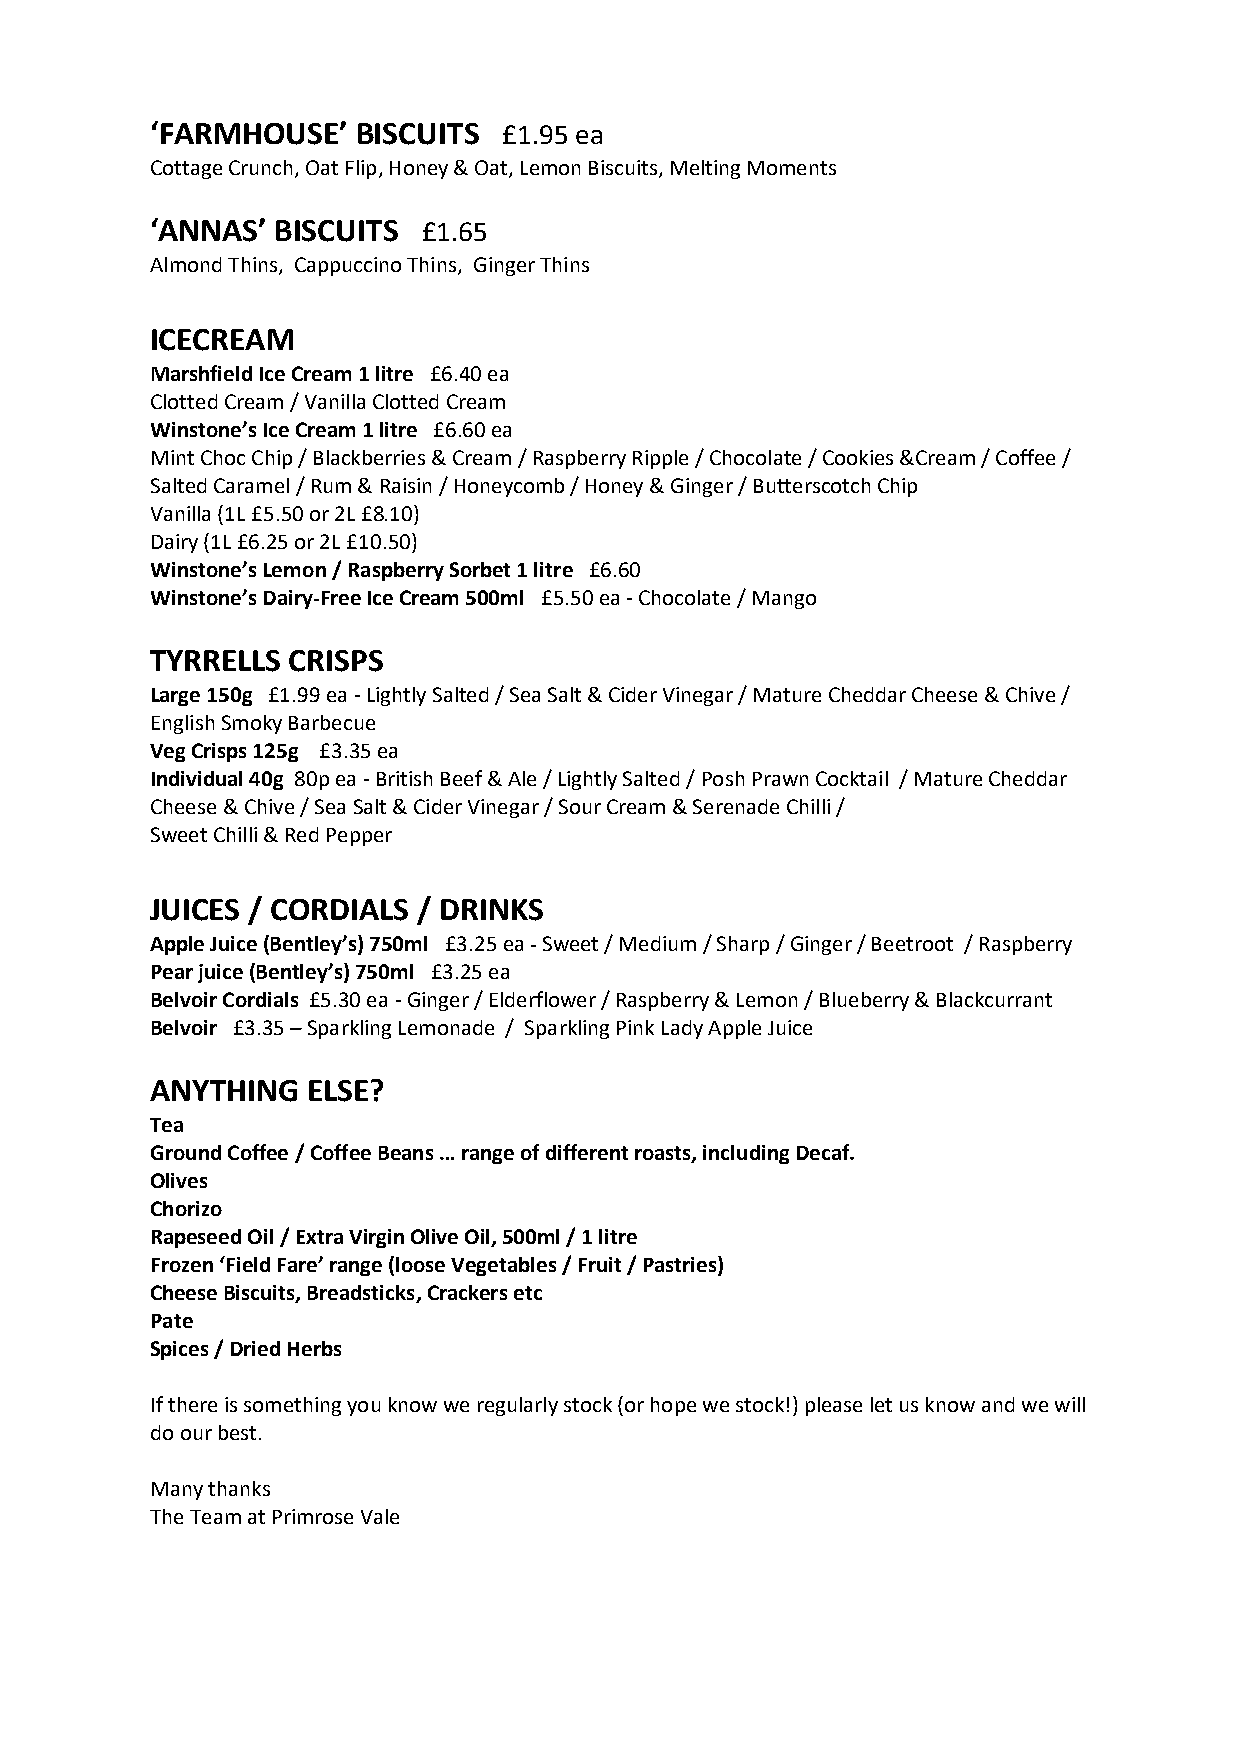
‘FARMHOUSE’   BISCUITS £1.95 ea
 Cottage Crunch, Oat Flip, Honey & Oat, Lemon Biscuits, Melting Moments
 ‘ANNAS’ BISCUITS  £1.65
 Almond Thins, Cappuccino Thins, Ginger Thins
 ICECREAM
 Marshfield Ice Cream 1 litre £6.40 ea
 Clotted Cream / Vanilla Clotted Cream
 Winstone’s Ice Cream 1 litre £6.60 ea
 Mint Choc Chip / Blackberries & Cream / Raspberry Ripple / Chocolate / Cookies &Cream / Coffee /
 Salted Caramel / Rum & Raisin / Honeycomb / Honey & Ginger / Butterscotch Chip
 Vanilla (1L £5.50 or 2L £8.10)
 Dairy (1L £6.25 or 2L £10.50)
 Winstone’s Lemon / Raspberry Sorbet 1 litre £6.60
 Winstone’s Dairy-Free Ice Cream 500ml £5.50 ea - Chocolate / Mango
 TYRRELLS CRISPS
 Large 150g £1.99 ea - Lightly Salted / Sea Salt & Cider Vinegar / Mature Cheddar Cheese & Chive /
 English Smoky Barbecue
 Veg Crisps 125g £3.35 ea
 Individual 40g 80p ea - British Beef & Ale / Lightly Salted / Posh Prawn Cocktail / Mature Cheddar
 Cheese & Chive / Sea Salt & Cider Vinegar / Sour Cream & Serenade Chilli /
 Sweet Chilli & Red Pepper
 JUICES / CORDIALS / DRINKS
 Apple Juice (Bentley’s) 750ml £3.25 ea - Sweet / Medium / Sharp / Ginger / Beetroot / Raspberry
 Pear juice (Bentley’s) 750ml £3.25 ea
 Belvoir Cordials £5.30 ea - Ginger / Elderflower / Raspberry & Lemon / Blueberry & Blackcurrant
 Belvoir £3.35 – Sparkling Lemonade / Sparkling Pink Lady Apple Juice
 ANYTHING  ELSE?
 Tea
 Ground Coffee / Coffee Beans … range of different roasts, including Decaf.
 Olives
 Chorizo
 Rapeseed Oil / Extra Virgin Olive Oil, 500ml / 1 litre
 Frozen ‘Field Fare’ range (loose Vegetables / Fruit / Pastries)
 Cheese Biscuits, Breadsticks, Crackers etc
 Pate
 Spices / Dried Herbs
 If there is something you know we regularly stock (or hope we stock!) please let us know and we will
 do our best.
 Many thanks
 The Team at Primrose Vale